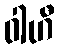
ဝါဟီ